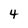
Character: 4